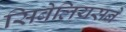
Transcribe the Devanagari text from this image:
सिबेलियसने